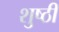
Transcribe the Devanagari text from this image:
शुष्ठी